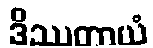
ဒိဿတာယံ